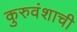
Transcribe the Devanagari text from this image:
कुरुवंशाची